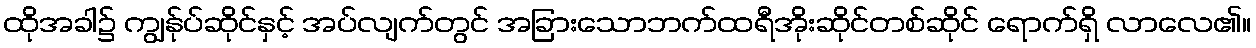
ထိုအခါ၌ ကျွန်ုပ်ဆိုင်နှင့် အပ်လျက်တွင် အခြားသောဘက်ထရီအိုးဆိုင်တစ်ဆိုင် ရောက်ရှိ လာလေ၏။